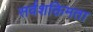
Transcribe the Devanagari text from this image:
सर्वशक्तिमता